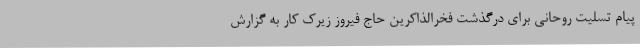
پیام تسلیت روحانی برای درگذشت فخرالذاکرین حاج فیروز زیرک کار به گزارش